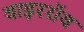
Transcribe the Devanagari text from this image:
वाइररॉय